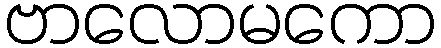
ဗာလောမကော